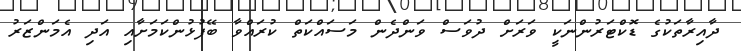
ދާއިރާތަކުގެ ޑޮކްޓަރުންނަކީ ވަރަށް ދުވަސް ވަންދެން މަސައްކަތް ކުރައްވާ ބޭފުޅުންކަމަށާއި އަދި އެމަންޒަރު